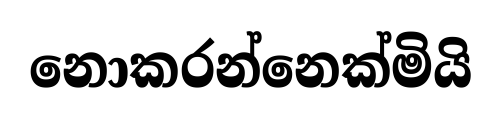
නොකරන්නෙක්මියි